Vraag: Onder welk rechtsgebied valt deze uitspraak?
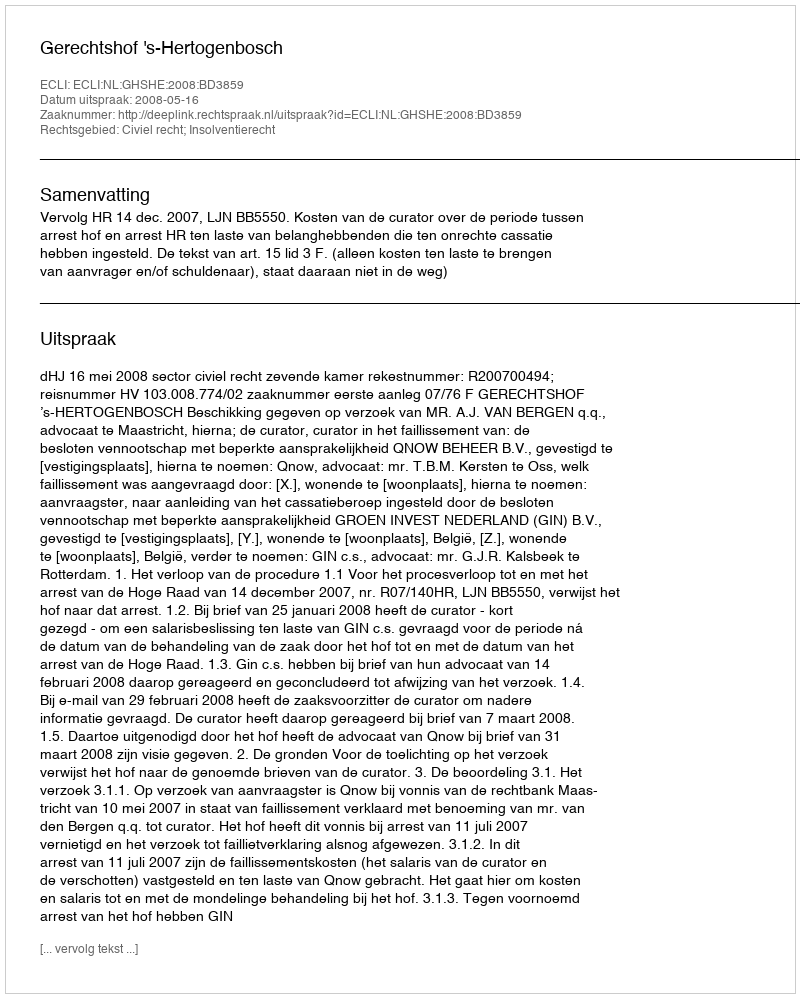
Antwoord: Civiel recht; Insolventierecht